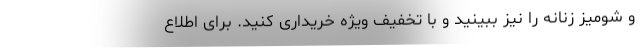
و شومیز زنانه را نیز ببینید و با تخفیف ویژه خریداری کنید. برای اطلاع